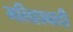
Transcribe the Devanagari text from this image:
मलिहाबादी